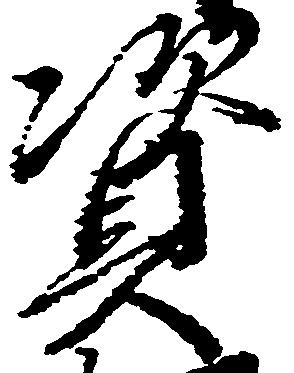
資